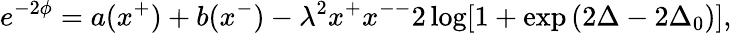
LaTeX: e^{-2\phi}=a(x^{+})+b(x^{-})-\lambda^{2}x^{+}x^{--}2\log[1+\exp{(2\Delta-2\Delta_{0})}],